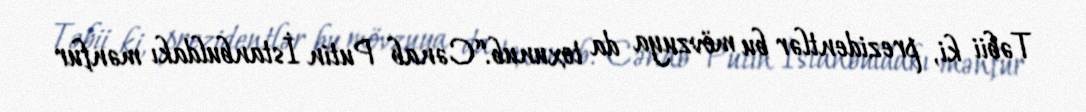
Təbii ki, prezidentlər bu mövzuya da toxunub.“Cənab Putin İstanbuldakı mənfur